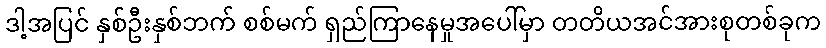
ဒါ့အပြင် နှစ်ဦးနှစ်ဘက် စစ်မက် ရှည်ကြာနေမှုအပေါ်မှာ တတိယအင်အားစုတစ်ခုက